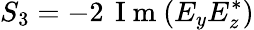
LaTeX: S_{3}=-2\, \mathrm{~I~m~}(E_{y}E_{z}^{*})